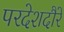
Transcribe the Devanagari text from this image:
परदेशदौरे